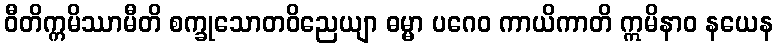
ဝီတိက္ကမိဿာမီတိ စက္ခုသောတဝိညေယျာ ဓမ္မာ ပဂေဝ ကာယိကာတိ ဣမိနာဝ နယေန